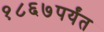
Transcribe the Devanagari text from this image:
१८६७पर्यंत